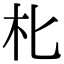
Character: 朼